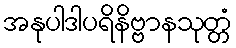
အနုပါဒါပရိနိဗ္ဗာနသုတ္တံ